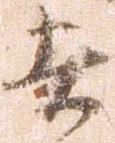
者